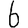
Digit: 6